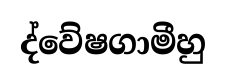
ද්වේෂගාමීහු